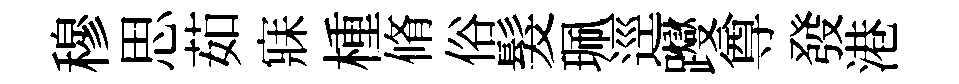
穆思茹寐㮔脩俗髮珮逕躞尊發港